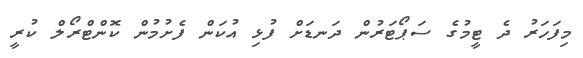
މިފަހަރު ދެ ޓީމުގެ ސަޕޯޓަރުން ދަނޑަށް ފުޅި އުކަން ފެށުމުން ކޮންޓްރޯލް ކުރީ